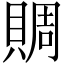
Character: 賙